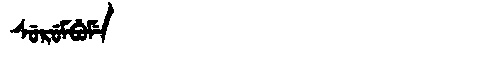
Manchu: ᠰᡠᡵᡠᠮᠪᡠᠮᡝ
Romanization: SURUMBUME